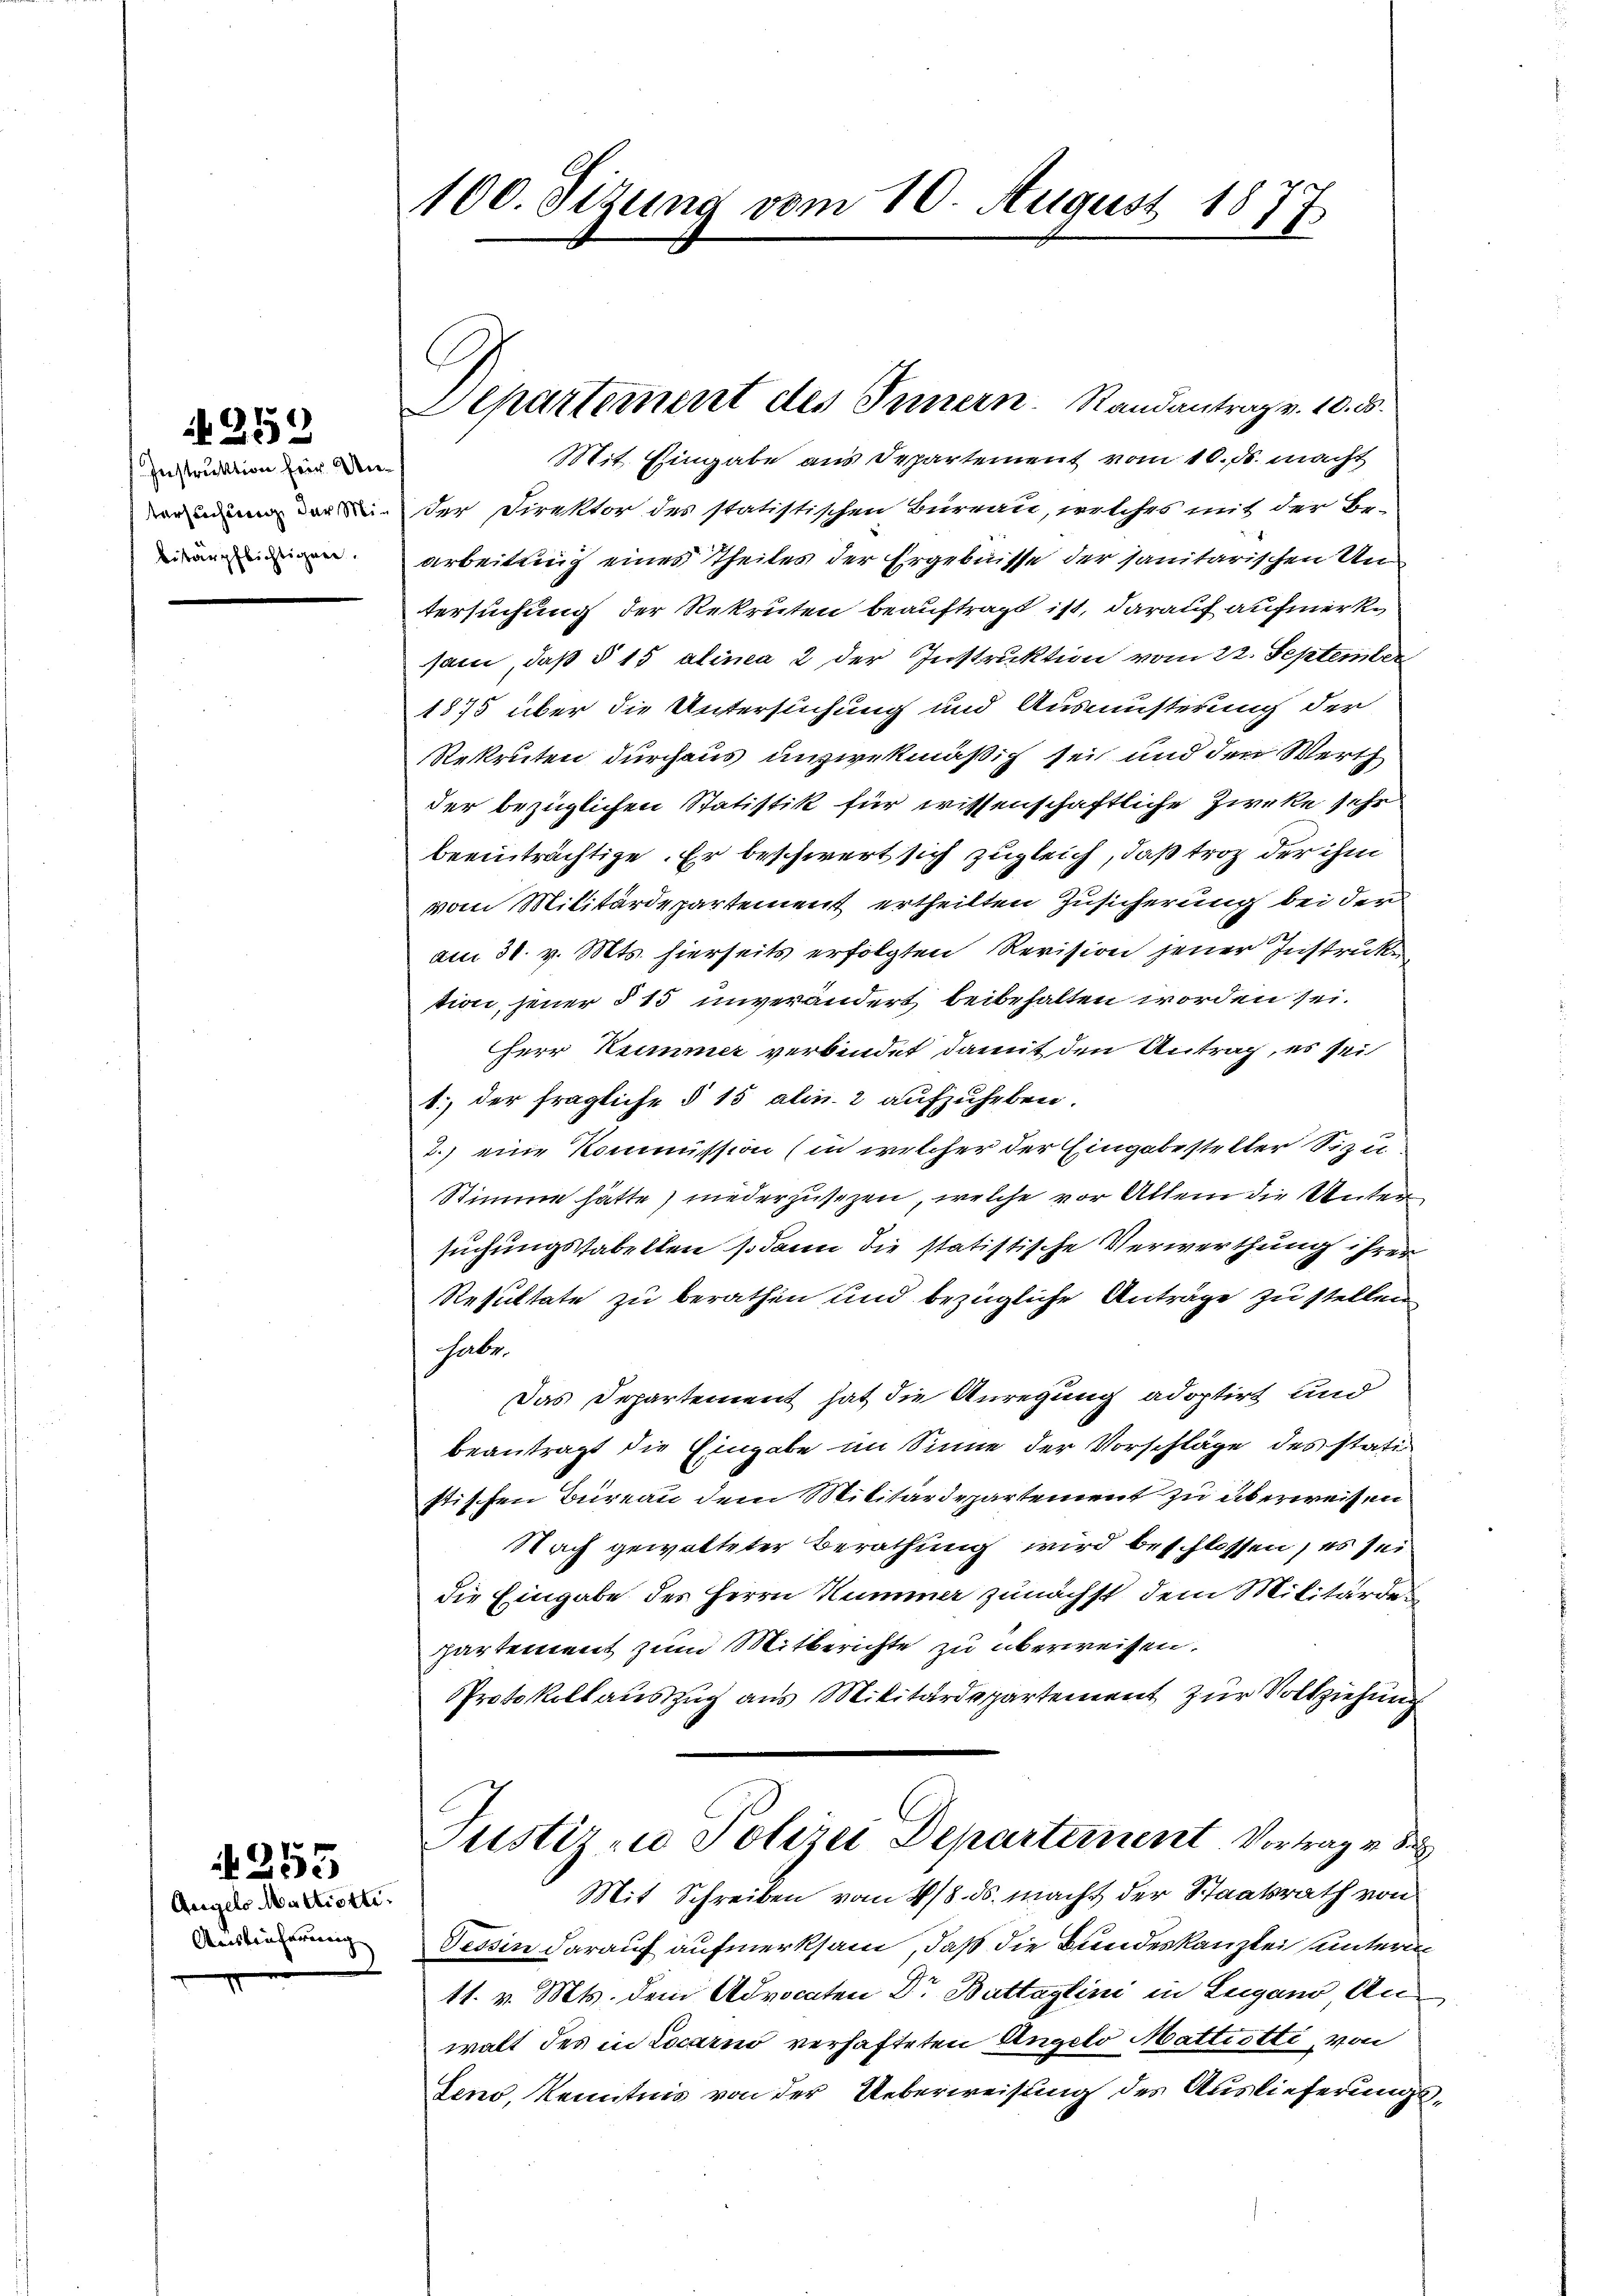
Instruktion für Unbitärpflichtiger.

259

255

Angels Mattiotti.
Auskäuferung

100. Sitzung vom 10. August 1877

Departement des Innern. Randantrag v. 18. 58.

Mit Eingabe aus Departement vom 10. ds. macht
der Direktor des statistischen Büreau, welches mit der Er-
arbeitung eines Theiles der Ergebnisse der sanitarischen Untersuchung der Rekruten beauftragt ist, darauf aufmerksam, daß § 15 alinea 2 der Instruktion vom 22. September
1875 über die Untersuchung und Ausmusterung der
Rekruten durchaus unzwekmäßig sei und den Werth
der bezüglichen Statistik für wissenschaftliche Zwecke sehr
beeinträchtige. Er beschwert sich zugleich, daß troz der ihm
vom Militärdepartement ertheilten Zusicherung bei der
am 31. v. Mts. hierseits erfolgten Revision jener Instrucken
tion, jener § 15 unverändert beibehalten worden sei.
Herr Kummer verbindet damit den Antrag, es sei
1., der fragliche § 15 alin. 2 aufzuheben.
2.) eine Kommission (in welcher der Eingabesteller Sie u
Stimme hätte, niederzusezen, welche vor Allem die Unter
suchungstabellen sodann die statistische Verwerthung ihrer
Resultate zu berathen und bezügliche Anträge zu stellen
Saby.
Das Departement hat die Anregung adoptirt und
beantragt die Eingabe im Sinne der Vorschläge des statistischen Büreau dem Militärdepartement zu überweisen
Nach gewalteter Berathung wird beschlossen, es sei
die Eingabe des Herrn Kummer zunächst dem Militärde
partement zum Mitberichte zu überweisen.
Protokollauszug aus Militärdepartement zur Vollziehung
Justiz zu Polizei Departement Vortrag v. 8.
Mit Schreiben vom 218. ds. macht der Staatsrath von
Tessin darauf aufmerksam, daß die Bundeskanzlei unterm
11. v. Mts. dem Advocaten Dr. Buttaglini in Lugano, Auwalt des in Locarno verhafteten Angelo Mattiotti, von
Jeno, Kenntnis von der Ueberweisung des Auslieferungs¬